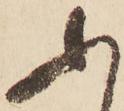
ふ